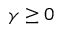
\gamma \geq 0